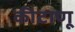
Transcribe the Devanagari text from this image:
कीटाणू